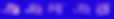
এএনএর